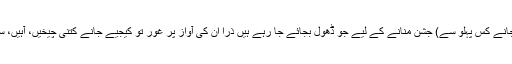
اس دورہ امریکا کی کامیابی کا (جانے کس پہلو سے) جشن منانے کے لیے جو ڈھول بجائے جا رہے ہیں ذرا ان کی آواز پر غور تو کیجیے جانے کتنی چیخیں، آہیں، سسکیاں اور ہچکیاں سنائی دیں گی۔